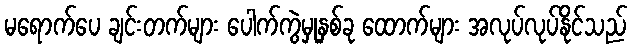
မရောက်ပေ ချင်းတက်များ ပေါက်ကွဲမှုနှစ်ခု ထောက်များ အလုပ်လုပ်နိုင်သည်